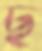
ছ